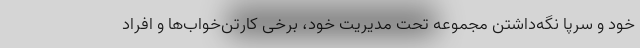
خود و سرپا نگه‌داشتن مجموعه تحت مدیریت خود، برخی کارتن‌خواب‌ها و افراد